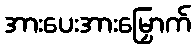
အားပေးအားမြှောက်